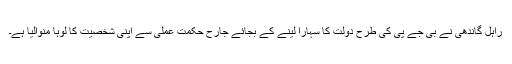
راہل گاندھی نے بی جے پی کی طرح دولت کا سہارا لینے کے بجائے جارح حکمت عملی سے اپنی شخصیت کا لوہا منوالیا ہے۔